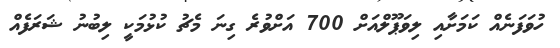
ހުވަފަނެއް ކަމަށާއި ލިވަޕޫލްއަށް 700 އަށްވުރެ ގިނަ މެޗު ކުޅުމަކީ ލިބުނު ޝަރަފެއް